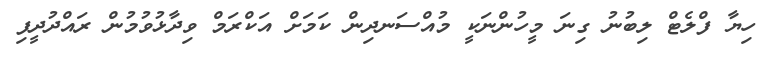
ހިޔާ ފްލެޓް ލިބުނު ގިނަ މީހުންނަކީ މުއްސަނދިން ކަމަށް އަކްރަމް ވިދާޅުވުމުން ރައްދުދީފި